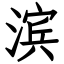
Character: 滨